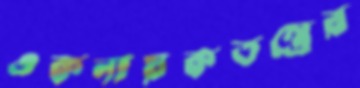
একনায়কতন্ত্রের